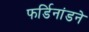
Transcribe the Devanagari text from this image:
फर्डिनांडने